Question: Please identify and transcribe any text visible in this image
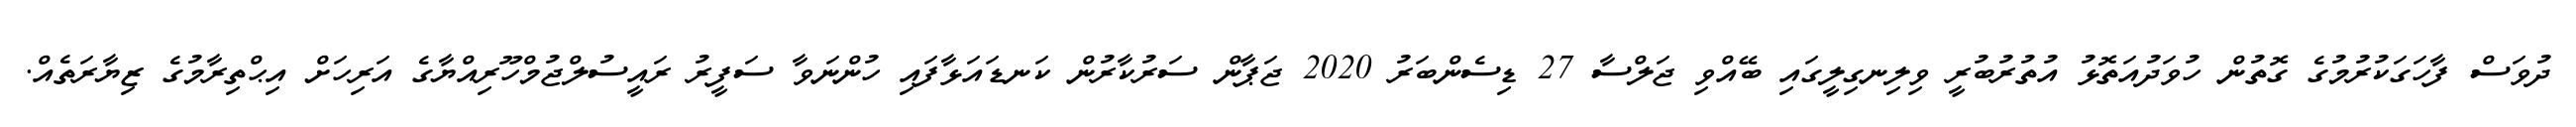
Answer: ދުވަސް ފާހަގަކުރުމުގެ ގޮތުން ހުވަދުއަތޮޅު އުތުރުބުރީ ވިލިނގިލީގައި ބޭއްވި ޖަލްސާ 27 ޑިސެންބަރު 2020 ޖަޕާން ސަރުކާރުން ކަނޑައަޅާފައި ހުންނަވާ ސަފީރު ރައީސުލްޖުމްހޫރިއްޔާގެ އަރިހަށް އިޙްތިރާމުގެ ޒިޔާރަތެއް.